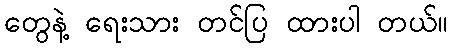
တွေနဲ့ ရေးသား တင်ပြ ထားပါ တယ်။